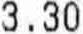
3.30